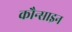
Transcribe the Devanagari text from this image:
कौन्साइन